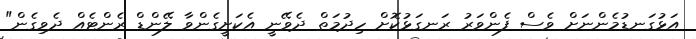
އަޅުގަނޑުމެންނަށް ވެސް ފެންވަރު ރަނގަޅުކޮށް ހިދުމަތް ދެވޭނީ އެކަށީގެންވާ ލޭންޑް ރެންޓެއް ދެވިގެން"